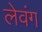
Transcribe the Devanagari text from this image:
लेवंग